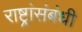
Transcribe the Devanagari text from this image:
राष्ट्रांसंबंधी